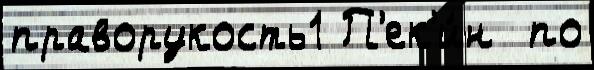
праворукость1 П'ек'и́н  по